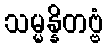
သမ္မန္နိတဗ္ဗံ